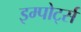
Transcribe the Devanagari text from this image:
इम्पोर्ट्स